65_HS1-834228961_62-HQ-83894_Section_2
Agency: FBI
Page 109
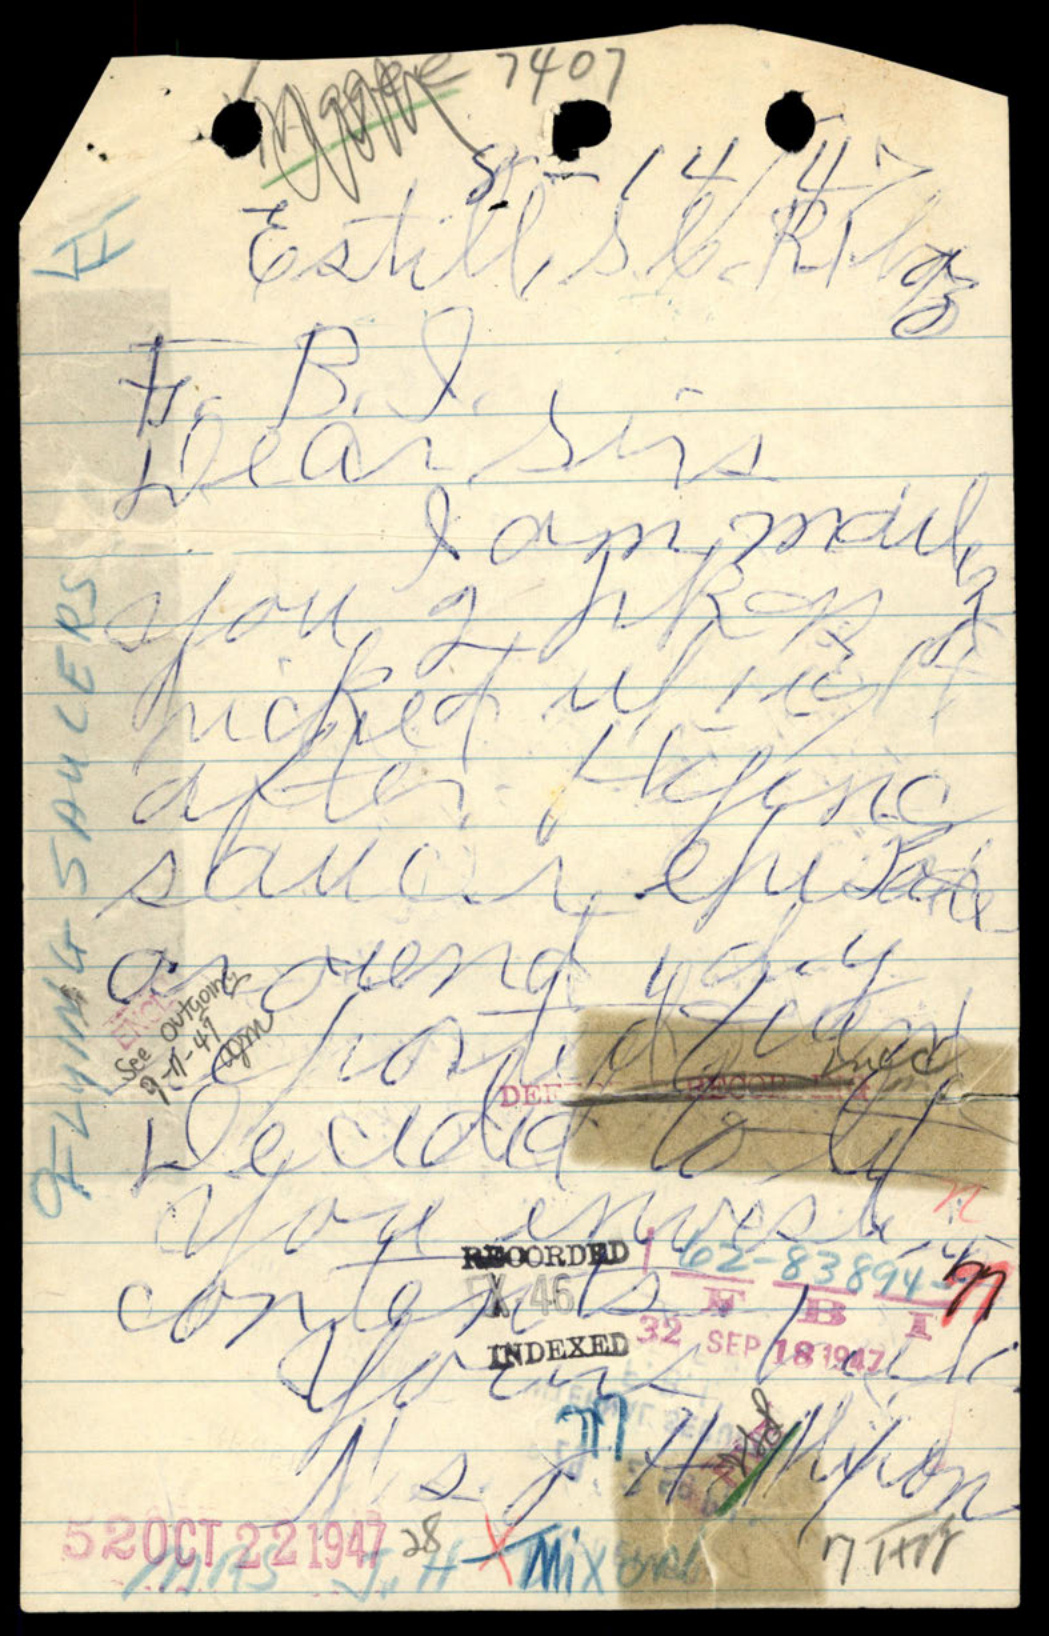